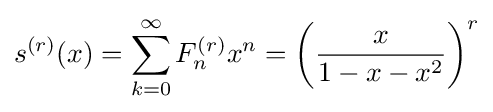
s^{(r)}(x)=\sum _{k=0}^{\infty }F_{n}^{(r)}x^{n}=\left({\frac {x}{1-x-x^{2}}}\right)^{r}